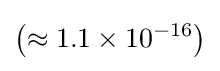
\left(\approx 1.1\times 10^{-16}\right)